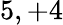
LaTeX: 5,+4